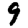
Digit: 9